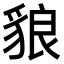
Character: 𧳓